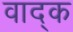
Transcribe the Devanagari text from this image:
वाद्क